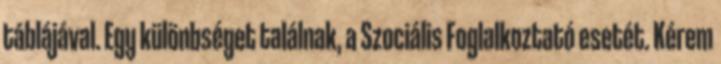
táblájával. Egy különbséget találnak, a Szociális Foglalkoztató esetét. Kérem